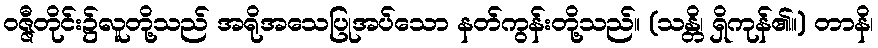
ဝဇ္ဇီတိုင်း၌လူတို့သည် အရိုအသေပြုအပ်သော နတ်ကွန်းတို့သည်။ (သန္တိ၊ ရှိကုန်၏။) တာနိ၊